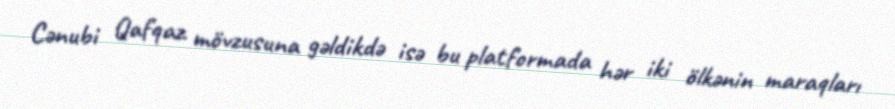
Cənubi Qafqaz mövzusuna gəldikdə isə bu platformada hər iki ölkənin maraqları